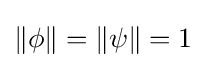
\lVert \phi \rVert =\lVert \psi \rVert =1